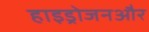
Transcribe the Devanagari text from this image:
हाइड्रोजनऔर